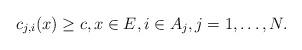
LaTeX: \begin{align*}c_{j,i}(x)\ge c,x\in E,i\in A_j, j=1,\dots,N.\end{align*}